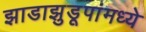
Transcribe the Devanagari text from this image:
झाडाझुडूपांमध्ये